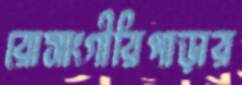
রোসাংগীরিপাড়ার